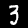
Label: 3